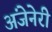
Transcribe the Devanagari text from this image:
अंजेनेरी